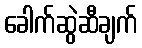
ခေါက်ဆွဲဆီချက်